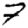
Digit: 7